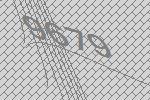
9679